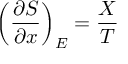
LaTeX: \left( { \frac { \partial S } { \partial x } } \right) _ { E } = { \frac { X } { T } }